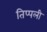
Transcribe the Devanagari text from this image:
तिप्पली